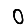
Digit: 0